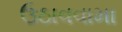
ઉઠાવવામા